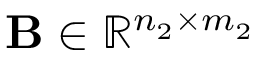
\mathbf { B } \in \mathbb { R } ^ { n _ { 2 } \times m _ { 2 } }